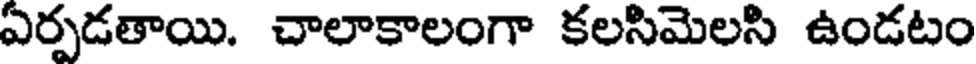
ఏర్పడతాయి. చాలాకాలంగా కలసిమెలసి ఉండటం